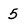
Character: 5